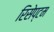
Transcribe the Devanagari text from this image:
रिसेप्टम